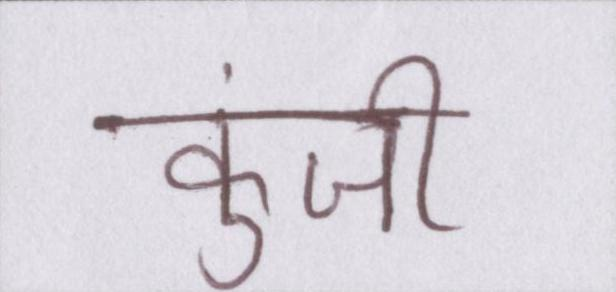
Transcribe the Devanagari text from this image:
कुंजी